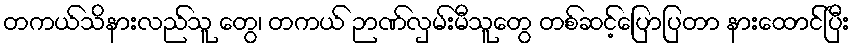
တကယ်သိနားလည်သူ တွေ၊ တကယ် ဉာဏ်လှမ်းမီသူတွေ တစ်ဆင့်ပြောပြတာ နားထောင်ပြီး